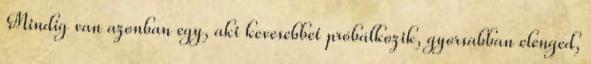
Mindig van azonban egy, aki kevesebbet próbálkozik, gyorsabban elenged,